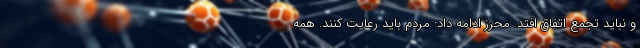
و نباید تجمع اتفاق افتد. محرز ادامه داد: مردم باید رعایت کنند. همه